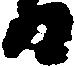
日